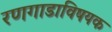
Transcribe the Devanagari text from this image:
रणगाडाविषयक